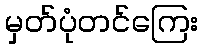
မှတ်ပုံတင်ကြေး